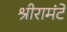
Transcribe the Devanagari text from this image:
श्रीरामंटे